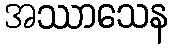
အဿာသေန